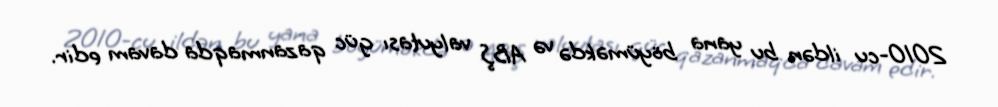
2010-cu ildən bu yana böyüməkdə və ABŞ valyutası güc qazanmaqda davam edir.